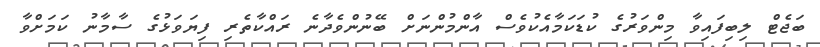
ބަޖެޓް ލިބިފައިވާ މިންވަރުގެ ކުޑަކަމާއެކުވެސް އާންމުންނަށް ބޭނުންވެދާނެ ރައްކާތެރި ފިޔަވަޅުގެ ސާމާނު ކަމަށްވާ